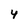
Character: 4